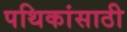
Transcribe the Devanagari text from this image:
पथिकांसाठी